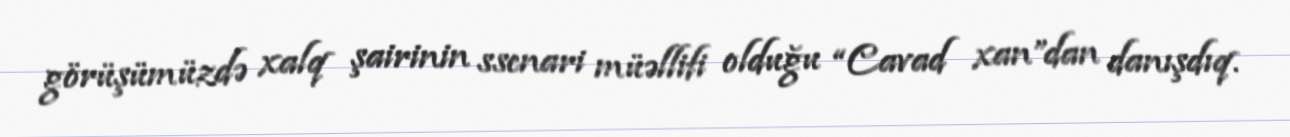
görüşümüzdə xalq şairinin ssenari müəllifi olduğu “Cavad xan”dan danışdıq.